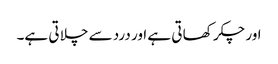
اور چکر کھا تی ہے اور درد سے چلا تی ہے۔